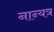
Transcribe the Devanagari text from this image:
नान्यत्र